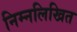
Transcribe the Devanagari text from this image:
निम्‍नलिखित